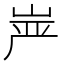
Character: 𰎠